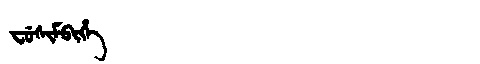
Manchu: ᠸᡠᠰᡳᠮᠪᡳᡥᡝ
Romanization: FUSIMBIHE